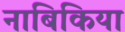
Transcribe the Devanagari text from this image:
नाबिकिया